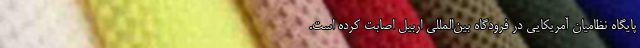
پایگاه نظامیان آمریکایی در فرودگاه بین‌المللی اربیل اصابت کرده است.